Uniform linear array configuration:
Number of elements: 48
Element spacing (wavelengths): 1
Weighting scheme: cosine
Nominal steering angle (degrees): -15
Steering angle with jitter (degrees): -13.56
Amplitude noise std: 0.05
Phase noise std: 0.05

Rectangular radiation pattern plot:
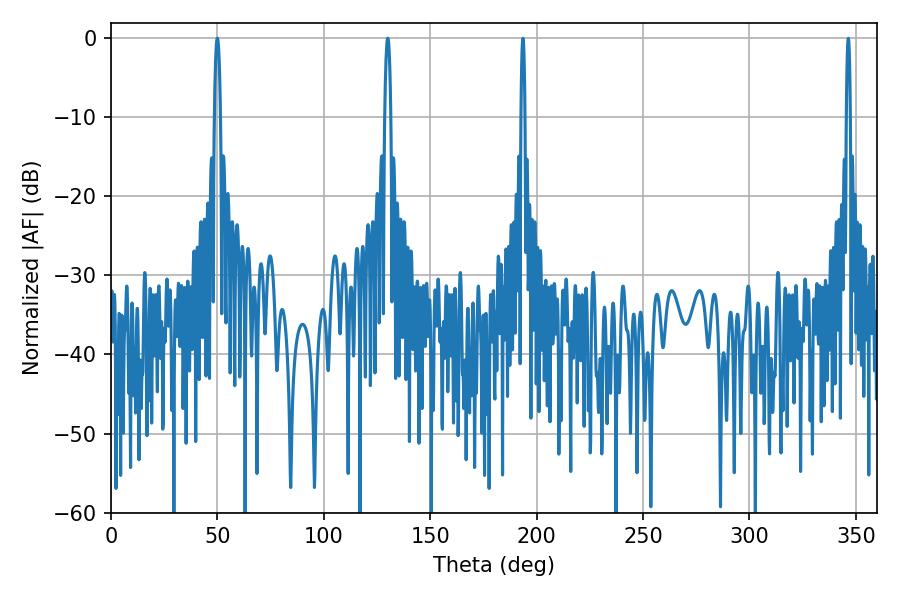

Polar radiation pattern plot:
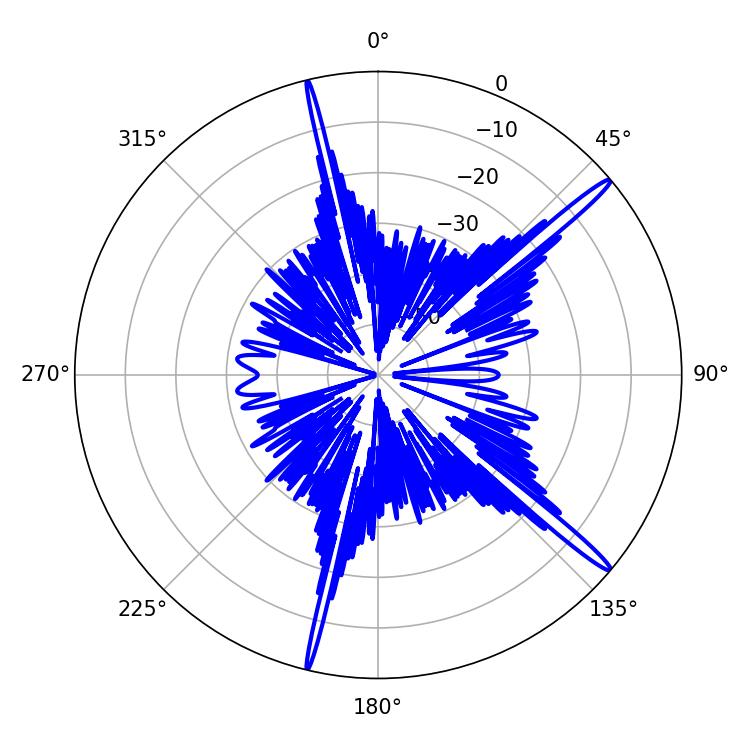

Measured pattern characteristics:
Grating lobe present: TRUE
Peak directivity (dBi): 16.995
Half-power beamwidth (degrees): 1.62
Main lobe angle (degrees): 50.04